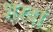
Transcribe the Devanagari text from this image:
शरदां